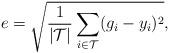
LaTeX: \begin{align*}e =\sqrt{\frac{1}{\vert \mathcal{T}\vert}\sum_{i\in\mathcal{T}}(g_i-y_i)^2},\end{align*}